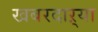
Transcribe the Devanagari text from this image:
खबरदाऱ्या